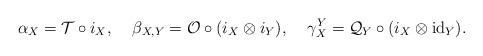
LaTeX: \begin{align*}\alpha_X = \mathcal{T} \circ i_X, \:\:\:\:\: \beta_{X,Y} = \mathcal{O} \circ (i_X \otimes i_Y), \:\:\:\:\: \gamma_X^Y = \mathcal{Q}_Y \circ (i_X \otimes \mathrm{id}_Y).\end{align*}